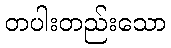
တပါးတည်းသော